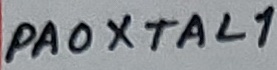
Text: PA0XTAL1